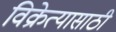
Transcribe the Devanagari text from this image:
विक्रेत्यासाठी